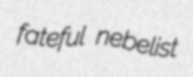
fateful nebelist